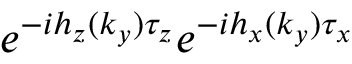
e ^ { - i h _ { z } ( k _ { y } ) \tau _ { z } } e ^ { - i h _ { x } ( k _ { y } ) \tau _ { x } }